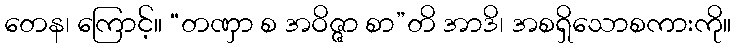
တေန၊ ကြောင့်။ “တဏှာ စ အဝိဇ္ဇာ စာ”တိ အာဒိ၊ အစရှိသောစကားကို။